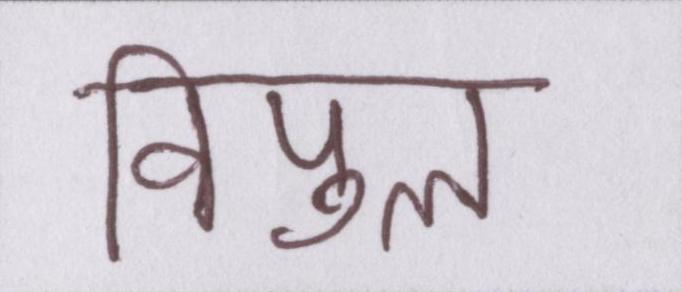
विपुल